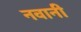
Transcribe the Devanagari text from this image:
नवानी